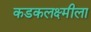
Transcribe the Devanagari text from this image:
कडकलक्ष्मीला